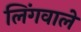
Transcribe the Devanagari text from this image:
लिंगवाले